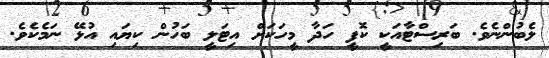
ލެބުންނެވެ. ބަރިސްޓާއަކީ ކޮފީ ހަދާ މީހަކަށް އިޓަލީ ބަހުން ކިޔައި އުޅޭ ނަމެކެވެ.